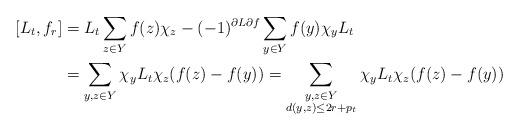
LaTeX: \begin{align*}[L_t,f_r]&=L_t\sum_{z\in Y}f(z)\chi_z-(-1)^{\partial L\partial f}\sum_{y\in Y}f(y)\chi_yL_t\\&=\sum_{y,z\in Y}\chi_yL_t\chi_z(f(z)-f(y))=\sum_{\substack{y,z\in Y\\d(y,z)\leq 2r+p_t}}\chi_yL_t\chi_z(f(z)-f(y))\end{align*}